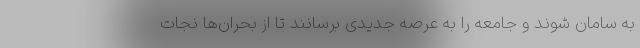
به سامان شوند و جامعه را به عرصه جدیدی برسانند تا از بحران‌ها نجات